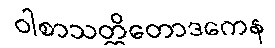
ဝါစာသတ္တိတောဒကေန